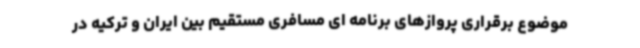
موضوع برقراری پروازهای برنامه ای مسافری مستقیم بین ایران و ترکیه در